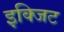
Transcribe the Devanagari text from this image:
इक्जिट